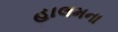
હાલમના